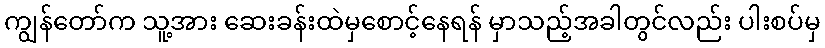
ကျွန်တော်က သူ့အား ဆေးခန်းထဲမှစောင့်နေရန် မှာသည့်အခါတွင်လည်း ပါးစပ်မှ